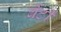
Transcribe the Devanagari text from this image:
वेंटी